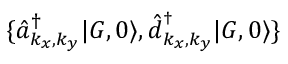
\{ \hat { a } _ { { k _ { x } , k _ { y } } } ^ { \dagger } | G , 0 \rangle , \hat { d } _ { { k _ { x } , k _ { y } } } ^ { ^ \dagger } | G , 0 \rangle \}